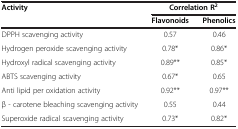
<table><thead><tr><td><b>Activity</b></td><td colspan="2"><b>Correlation R<sup>2</sup></b></td></tr><tr><td><b> </b></td><td><b>Flavonoids</b></td><td><b>Phenolics</b></td></tr></thead><tbody><tr><td>DPPH scavenging activity</td><td>0.57</td><td>0.46</td></tr><tr><td>Hydrogen peroxide scavenging activity</td><td>0.78*</td><td>0.86*</td></tr><tr><td>Hydroxyl radical scavenging activity</td><td>0.89**</td><td>0.85*</td></tr><tr><td>ABTS scavenging activity</td><td>0.67*</td><td>0.65</td></tr><tr><td>Anti lipid per oxidation activity</td><td>0.92**</td><td>0.97**</td></tr><tr><td>β - carotene bleaching scavenging activity</td><td>0.55</td><td>0.44</td></tr><tr><td>Superoxide radical scavenging activity</td><td>0.73*</td><td>0.82*</td></tr></tbody></table>